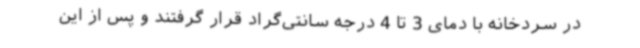
در سردخانه با دمای 3 تا 4 درجه سانتی‌گراد قرار گرفتند و پس از این